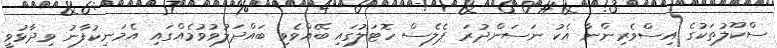
ސްކޫލުތަކުގެ އިސްވެރިންނާ އެކު ނަސަންދުރަ ޕެލެސް ހޮޓަލުގައި ބޭއްވެވި ބައްދަލުވުވުމެއްގައި އެމަނިކުފާނު ވިދާޅުވީ